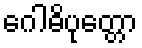
ဂေါဓိပုတ္တော